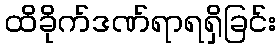
ထိခိုက်ဒဏ်ရာရရှိခြင်း